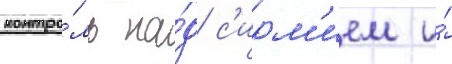
контро́ль на́д с'ирм'ием и́